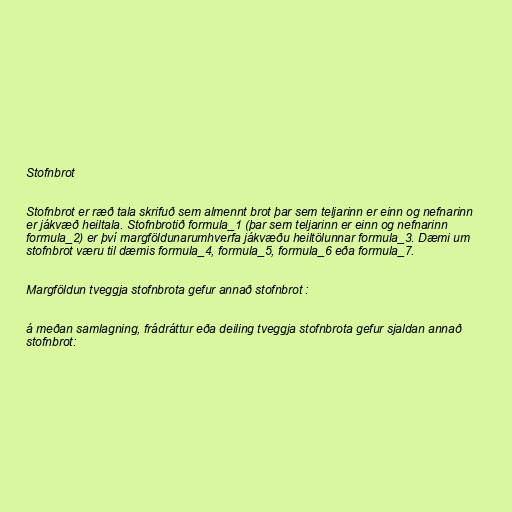
Stofnbrot

Stofnbrot er ræð tala skrifuð sem almennt brot þar sem teljarinn er einn og nefnarinn
er jákvæð heiltala. Stofnbrotið formula_1 (þar sem teljarinn er einn og nefnarinn
formula_2) er því margföldunarumhverfa jákvæðu heiltölunnar formula_3. Dæmi um
stofnbrot væru til dæmis formula_4, formula_5, formula_6 eða formula_7.

Margföldun tveggja stofnbrota gefur annað stofnbrot :

á meðan samlagning, frádráttur eða deiling tveggja stofnbrota gefur sjaldan annað
stofnbrot: